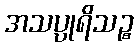
အသပ္ပုရိသဉ္စ